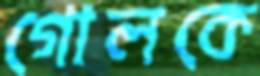
গোলকে